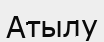
Атылу